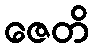
ဇေတိ